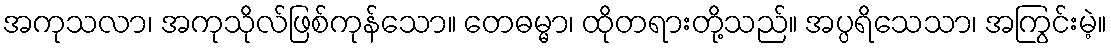
အကုသလာ၊ အကုသိုလ်ဖြစ်ကုန်သော။ တေဓမ္မာ၊ ထိုတရားတို့သည်။ အပ္ပရိသေသာ၊ အကြွင်းမဲ့။